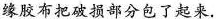
缘胶布把破损部分包了起来.